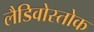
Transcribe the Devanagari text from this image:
लैडिवोस्तोक